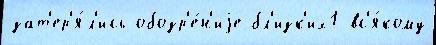
зат'ер'я́л'ись обозр'е́н'иjе бл'изк'их1 вс'я́кому